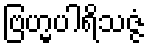
ဗြဟ္မပါရိသဇ္ဇံ